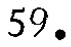
$59.$